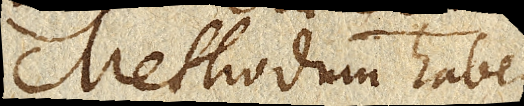
Methodum habeo